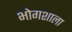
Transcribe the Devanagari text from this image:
भोगशाला